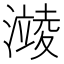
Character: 𪷥